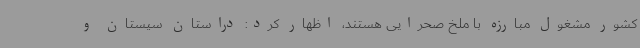
کشور مشغول مبارزه با ملخ صحرایی هستند، اظهار کرد: دراستان سیستان و